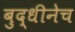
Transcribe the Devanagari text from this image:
बुद्धीनेच